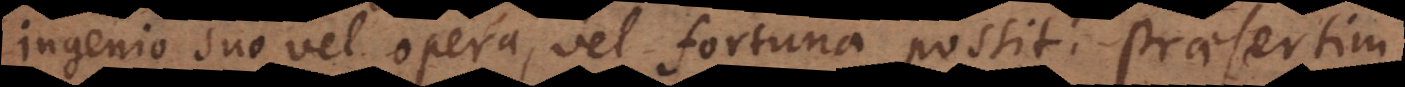
ingenio suo vel opera, vel fortuna possit, praesertim